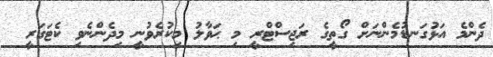
ދެންމެ އަޅުގަނޑުމެންނަށް ގޯތީގެ ރަޖިސްޓްރީ މި ޙަވާލު މިކުރެވުނީ މިދެންނެވި ކެޓަގަރީ